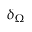
\delta _ { \Omega }